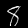
Digit: 8